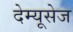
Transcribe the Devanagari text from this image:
देम्यूसेज